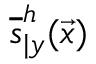
\overline { { s } } _ { \vert y } ^ { h } ( \vec { x } )